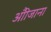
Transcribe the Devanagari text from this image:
औीजाना